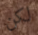
لكن